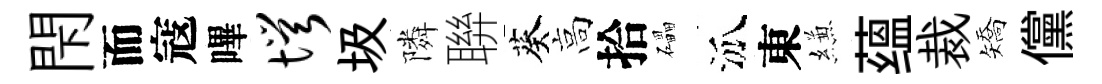
閇而寇嗶愕圾隣聨葵高拾礧泒東縑蕴裁矯儻